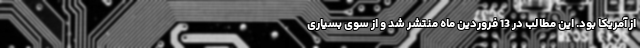
از آمریکا بود. این مطالب در 13 فروردین ماه منتشر شد و از سوی بسیاری